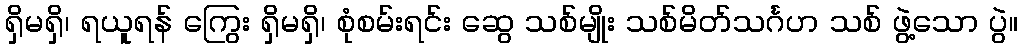
ရှိမရှိ၊ ရယူရန် ကြွေး ရှိမရှိ၊ စုံစမ်းရင်း ဆွေ သစ်မျိုး သစ်မိတ်သင်္ဂဟ သစ် ဖွဲ့သော ပွဲ။